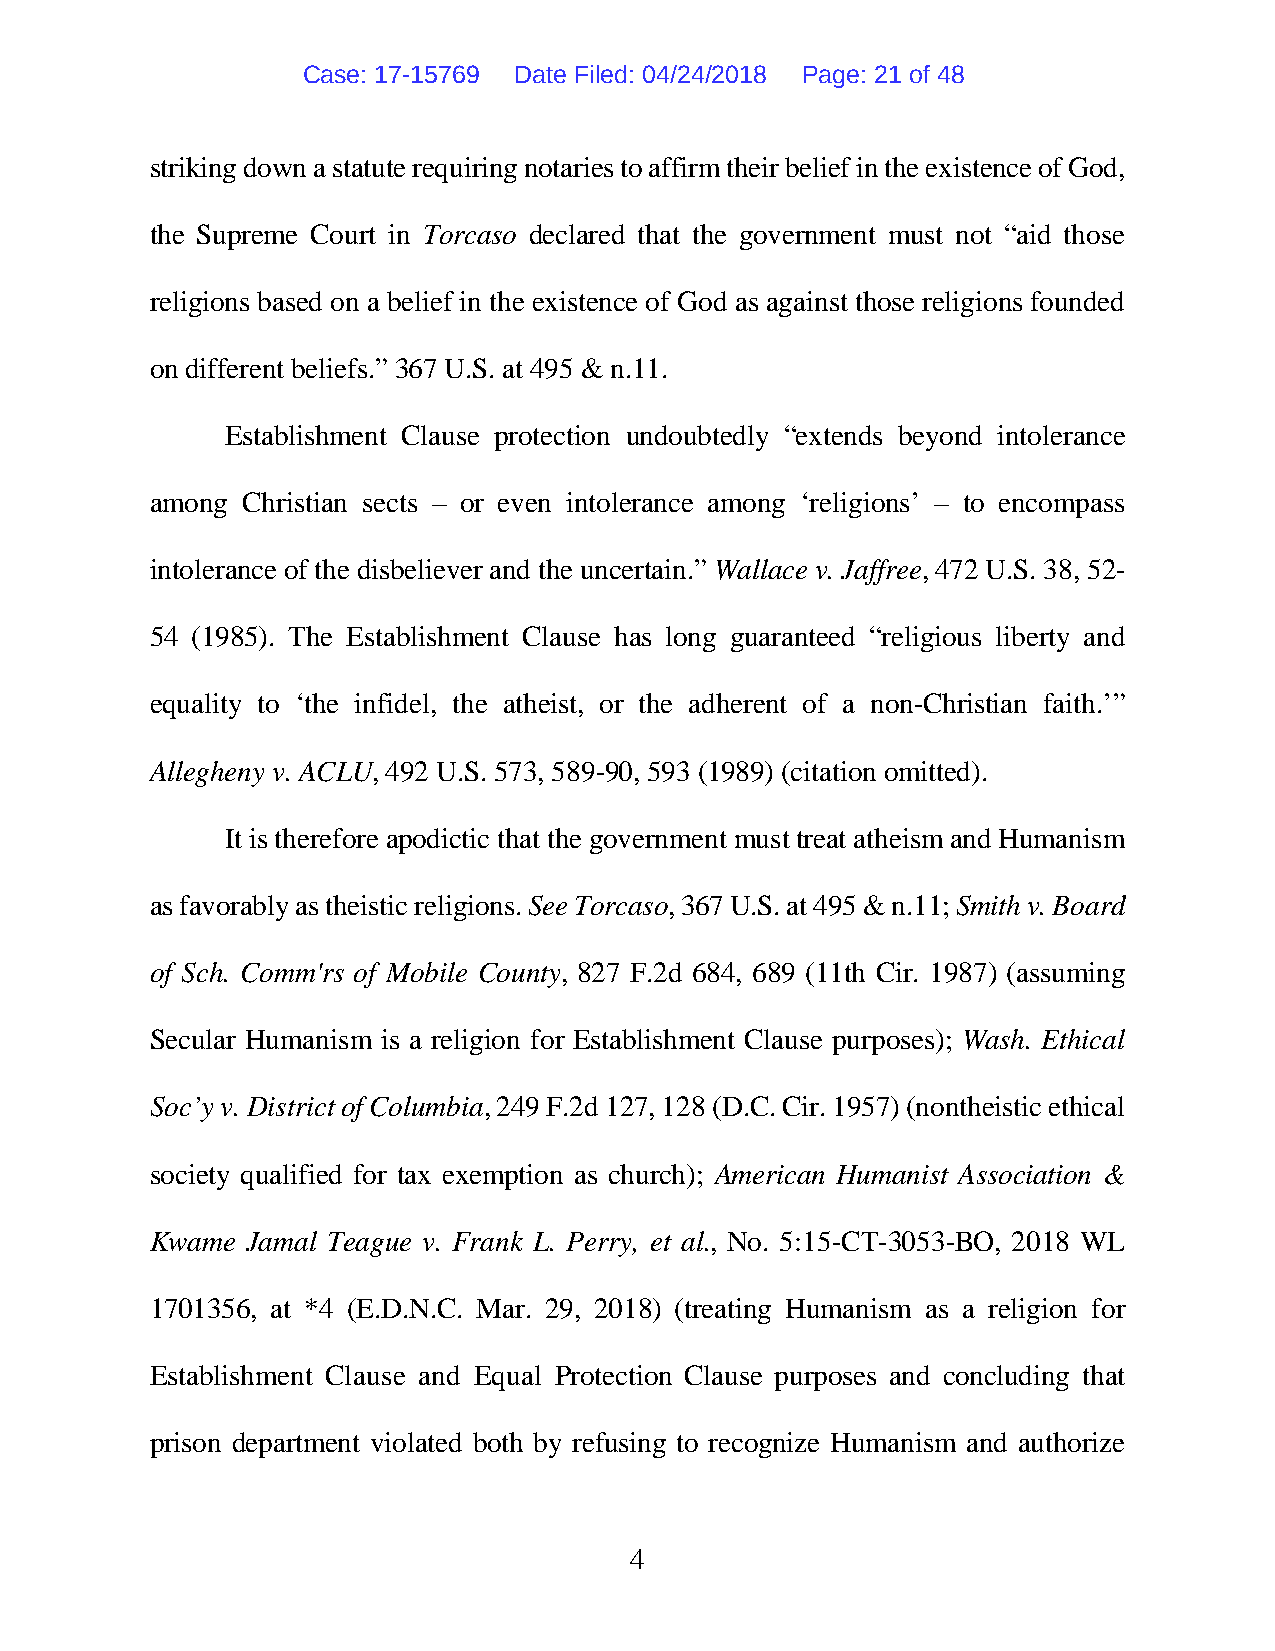
Case: 17-15769 Date Filed: 04/24/2018 Page: 21 of 48
 striking down a statute requiring notaries to affirm their belief in the existence of God,
 the Supreme Court in Torcaso declared that the government must not “aid those
 religions based on a belief in the existence of God as against those religions founded
 on different beliefs.” 367 U.S. at 495 & n.11.
 Establishment Clause protection undoubtedly “extends beyond intolerance
 among Christian sects – or even intolerance among ‘religions’ – to encompass
 intolerance of the disbeliever and the uncertain.” Wallace v. Jaffree, 472 U.S. 38, 52-
 54 (1985). The Establishment Clause has long guaranteed “religious liberty and
 equality to ‘the infidel, the atheist, or the adherent of a non-Christian faith.’”
 Allegheny v. ACLU, 492 U.S. 573, 589-90, 593 (1989) (citation omitted).
 It is therefore apodictic that the government must treat atheism and Humanism
 as favorably as theistic religions. See Torcaso, 367 U.S. at 495 & n.11; Smith v. Board
 of Sch. Comm'rs of Mobile County, 827 F.2d 684, 689 (11th Cir. 1987) (assuming
 Secular Humanism is a religion for Establishment Clause purposes); Wash. Ethical
 Soc’y v. District of Columbia, 249 F.2d 127, 128 (D.C. Cir. 1957) (nontheistic ethical
 society qualified for tax exemption as church); American Humanist Association &
 Kwame Jamal Teague v. Frank L. Perry, et al., No. 5:15-CT-3053-BO, 2018 WL
 1701356, at *4 (E.D.N.C. Mar. 29, 2018) (treating Humanism as a religion for
 Establishment Clause and Equal Protection Clause purposes and concluding that
 prison department violated both by refusing to recognize Humanism and authorize
 4